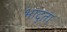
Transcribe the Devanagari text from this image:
भाद्ता